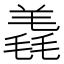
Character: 𣯠